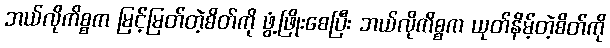
ဘယ်လိုကိစ္စက မြင့်မြတ်တဲ့စိတ်ကို ဖွံ့ဖြိုးစေပြီး ဘယ်လိုကိစ္စက ယုတ်နိမ့်တဲ့စိတ်ကို